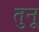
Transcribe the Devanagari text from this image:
तुनू